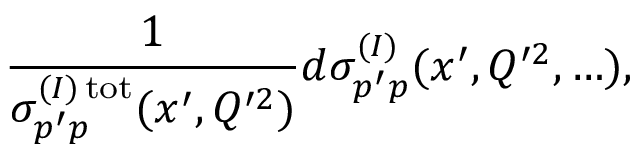
\frac { 1 } { \sigma _ { p ^ { \prime } p } ^ { ( I ) \, \mathrm { t o t } } ( x ^ { \prime } , Q ^ { \prime 2 } ) } d \sigma _ { p ^ { \prime } p } ^ { ( I ) } ( x ^ { \prime } , Q ^ { \prime 2 } , \ldots ) ,